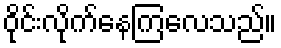
ဝိုင်းလိုက်နေကြလေသည်။